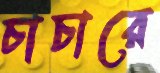
চাচারে